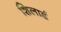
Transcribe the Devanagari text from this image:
शिलार्ड